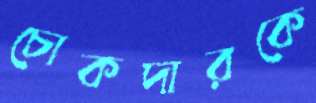
চোকদারকে